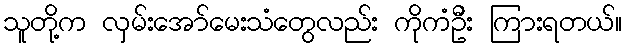
သူတို့က လှမ်းအော်မေးသံတွေလည်း ကိုကံဦး ကြားရတယ်။